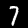
Digit: 7